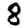
Digit: 8